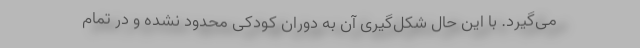
می‌گیرد. با این حال شکل‌گیری آن به دوران کودکی محدود نشده و در تمام